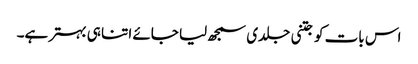
اس بات کو جتنی جلدی سمجھ لیا جائے اتنا ہی بہتر ہے۔